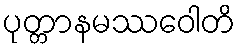
ပုတ္တာနမဿဝေါတိ